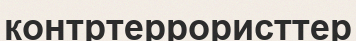
контртеррористтер